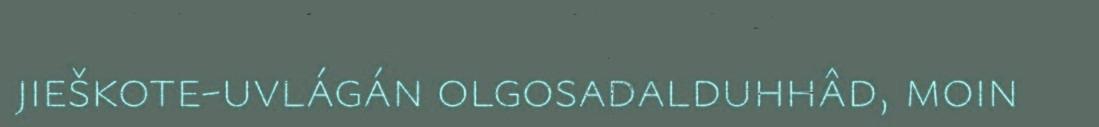
jieškote-uvlágán olgosadalduhhâd, moin